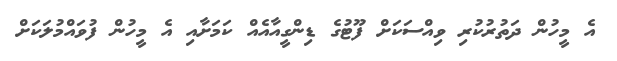
އެ މީހުން ދަތުރުކުރި ވިއްސަކަށް ފޫޓުގެ ޑިންގީއާއެއް ކަމަށާއި އެ މީހުން ފުވައްމުލަކަށް